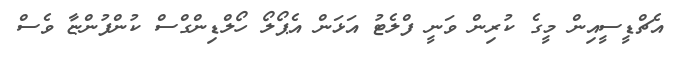
އެޗްޑީސީއިން މީގެ ކުރިން ވަނީ ފްލެޓު އަޅަން އެޕޯލޯ ހޯލްޑިންގްސް ކުންފުންޏާ ވެސް